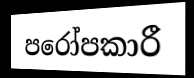
පරෝපකාරී